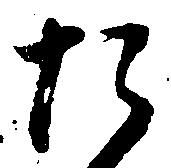
た